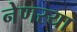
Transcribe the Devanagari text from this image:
नेणरया